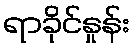
ရာခိုင်နှုန်း